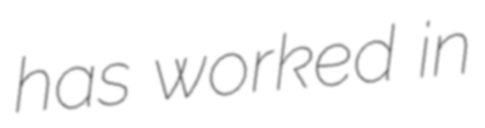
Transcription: has worked in